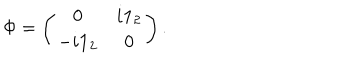
\Phi = \left( \begin{array} { c c } { { 0 } } & { { i { \bf 1 } _ { 2 } } } \\ { { - i { \bf 1 } _ { 2 } } } & { { 0 } } \\ \end{array} \right) .